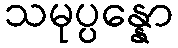
သမုပ္ပန္နော